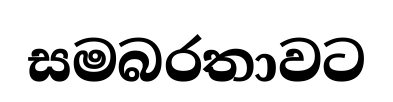
සමබරතාවට